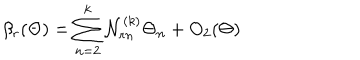
LaTeX: \beta _ { r } ( \Theta ) = \sum _ { n = 2 } ^ { k } { \cal N } _ { r n } ^ { ( k ) } \Theta _ { n } + O _ { 2 } ( \Theta )